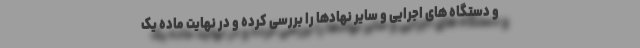
و دستگاه های اجرایی و سایر نهادها را بررسی کرده و در نهایت ماده یک